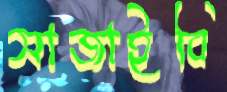
সাজাইবি